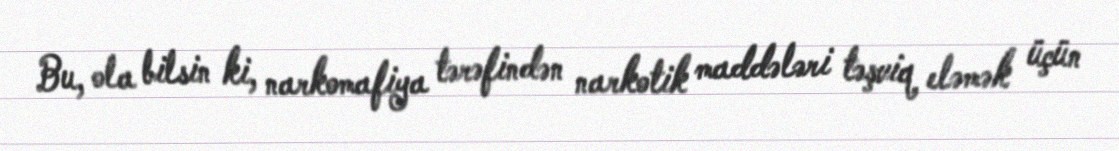
Bu, ola bilsin ki, narkomafiya tərəfindən narkotik maddələri təşviq eləmək üçün